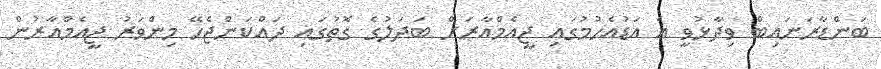
ބަންޑާރަނައިބް ވިދާޅުވީ އެ އަޑުއެހުމުގައި ޖީއެމްއާރަށް ބަދަލުގެ ގޮތުގައި ދައްކަންޖެހޭ މިންވަރު ޖީއެމްއާރުން